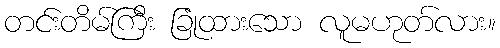
တင်းတိမ်ကြီး ခြုံထားသော လူမဟုတ်လား။